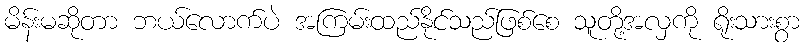
မိန်းမဆိုတာ ဘယ်လောက်ပဲ အကြမ်းထည်နိုင်သည်ဖြစ်စေ သူတို့အလှကို ရိုးသားစွာ